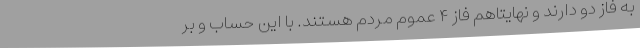
به فاز دو دارند و نهایتاًهم فاز ۴ عموم مردم هستند. با این حساب و بر